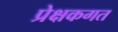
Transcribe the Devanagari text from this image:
प्रेक्षकगत